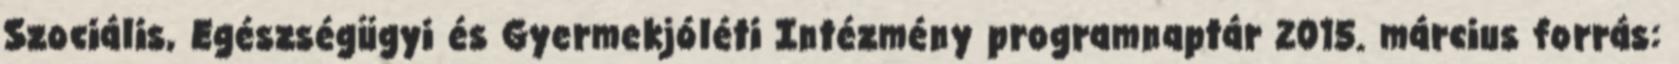
Szociális, Egészségügyi és Gyermekjóléti Intézmény programnaptár 2015. március forrás: